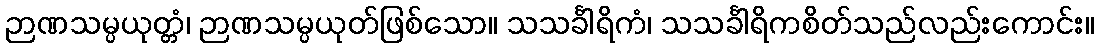
ဉာဏသမ္ပယုတ္တံ၊ ဉာဏသမ္ပယုတ်ဖြစ်သော။ သသင်္ခါရိကံ၊ သသင်္ခါရိကစိတ်သည်လည်းကောင်း။